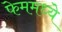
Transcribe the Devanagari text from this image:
फेममध्ये